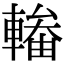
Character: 輽